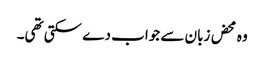
وہ محض زبان سے جواب دے سکتی تھی۔